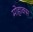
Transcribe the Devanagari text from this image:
मोहाक्स